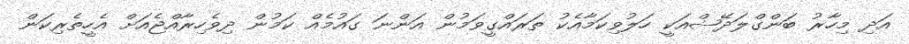
އަދި މިހާރު ބަންގްލަދޭޝްއަކީ ހަލުވިކަމާއެކު ތަރައްގީވަމުން އަންނަ ގައުމެއް ކަމުން ދިވެހިރާއްޖެއަށް އެހީތެރިކަން